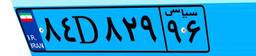
۸۴D۸۲۹۹۶